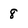
Character: 8